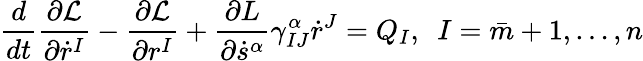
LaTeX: \frac{d}{dt}\frac{\partial\mathcal{L}}{\partial\dot{r}^{I}}-\frac{\partial\mathcal{L}}{\partial r^{I}}+\frac{\partial L}{\partial\dot{s}^{\alpha}}\gamma_{IJ}^{\alpha}\dot{r}^{J}=Q_{I},\ \ I=\bar{m}+1,\ldots,n